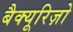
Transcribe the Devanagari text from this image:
बैक्यूरिज़ो